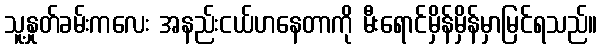
သူ့နှုတ်ခမ်းကလေး အနည်းငယ်ဟနေတာကို မီးရောင်မှိန်မှိန်မှာမြင်ရသည်။